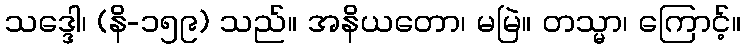
သဒ္ဒေါ၊ (နိ-၁၅၉) သည်။ အနိယတော၊ မမြဲ။ တသ္မာ၊ ကြောင့်။